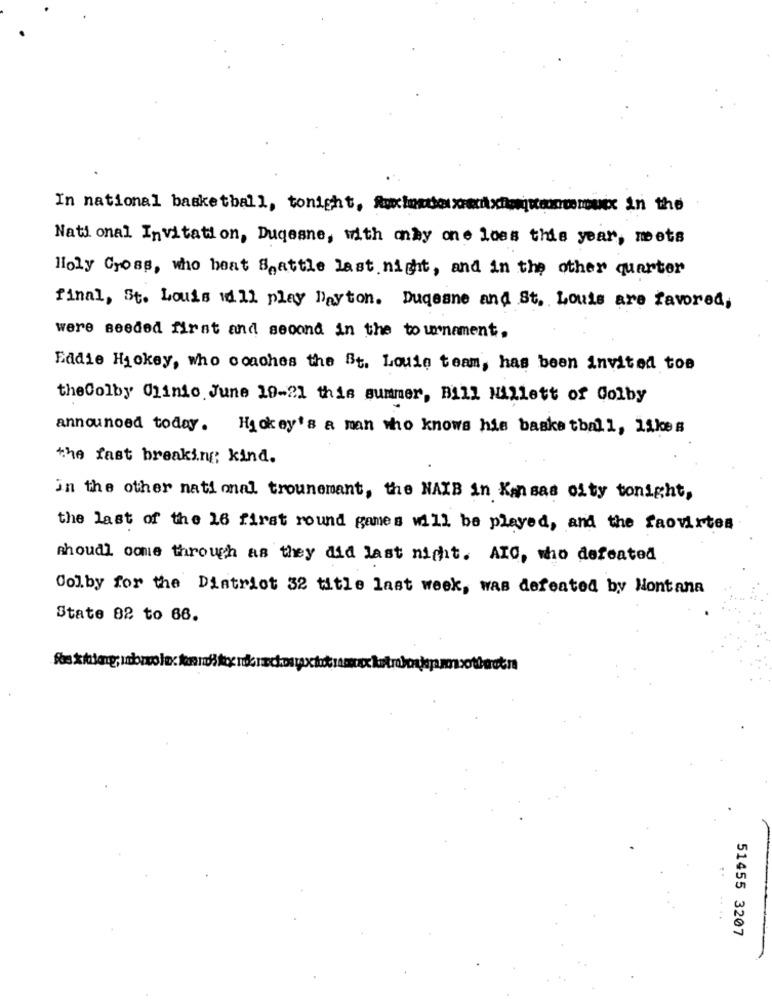
In national basketball, tonight, Auxinatherecxfattoontemunex in the
National Invitation, Duqesne, with only one loss this year, mets
lioly Gross, who heat Seattle last night, and in the other quarter
final, St. Louis will play Dayton. Duqesne and St. Louis are favored,
were seeded first and second in the tournament.
Eddie Hickey, who coaches the St. Louis team, has been invited toe
theColby Clinic June 19-21 this summer, Bill Hillett of Colby
announced today. Hickey's a man who knows his basketball, likes
the fast breaking; kind.
in the other national trounemant, the NAIB in Kansas city tonight,
the last of the 26 first round games will be played, and the faovirtes
shoudl come through as they did last night. ATO, who defeated
Colby for the District 32 title last week, Was defeated by Montana
State 82 to 66.
...
51455 3207